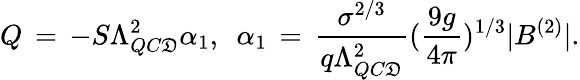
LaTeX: Q\, =\, -S\Lambda_{QC\mathfrak{D}}^{2}\alpha_{1},~~\alpha_{1}\, =\, \frac{{\sigma^{2/3}}}{{q\Lambda_{QC\mathfrak{D}}^{2}}}(\frac{{9g}}{{4\pi}})^{1/3}|B^{(2)}|.